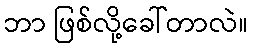
ဘာ ဖြစ်လို့ခေါ်တာလဲ။